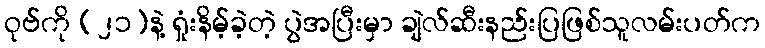
ဝုဗ်ကို (၂၁)နဲ့ ရှုံးနိမ့်ခဲ့တဲ့ ပွဲအပြီးမှာ ချဲလ်ဆီးနည်းပြဖြစ်သူလမ်းပတ်က